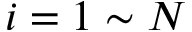
i = 1 \sim N